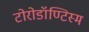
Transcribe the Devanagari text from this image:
टोरोडॉण्टिस्म